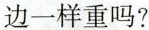
边一样重吗?